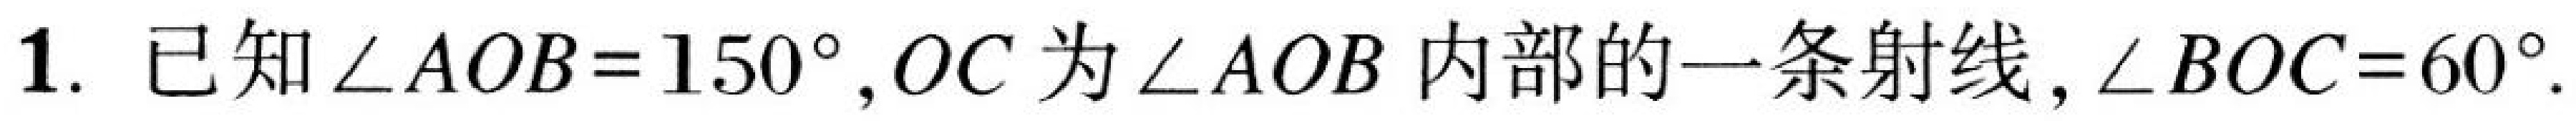
1. 已知\(\angle AOB = 150^{\circ},OC\)为\(\angle AOB\)内部的一条射线,\(\angle BOC = 60^{\circ}\).